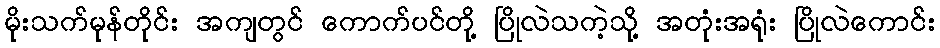
မိုးသက်မုန်တိုင်း အကျတွင် ကောက်ပင်တို့ ပြိုလဲသကဲ့သို့ အတုံးအရုံး ပြိုလဲကောင်း